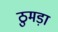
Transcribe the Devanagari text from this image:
ठुमड़ा